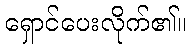
ရှောင်ပေးလိုက်၏။